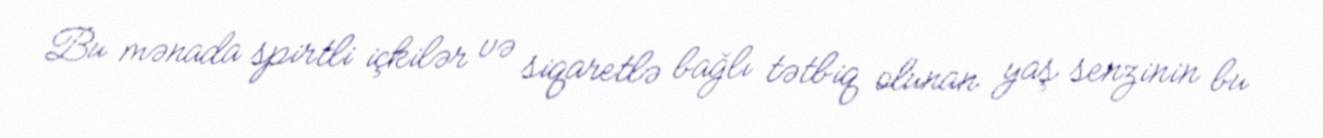
Bu mənada spirtli içkilər və siqaretlə bağlı tətbiq olunan yaş senzinin bu